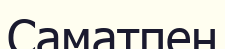
Саматпен